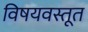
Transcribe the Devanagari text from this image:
विषयवस्तूत